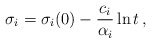
\begin{align*}\sigma_{i}=\sigma_{i}(0)-\frac{c_{i}}{\alpha_{i}}\ln t\,,\end{align*}